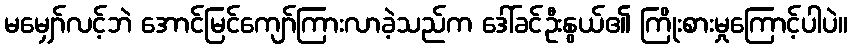
မမျှော်လင့်ဘဲ အောင်မြင်ကျော်ကြားလာခဲ့သည်က ဒေါ်ခင်ဦးနွယ်၏ ကြိုးစားမှုကြောင့်ပါပဲ။